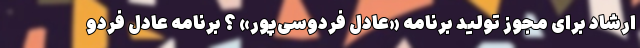
ارشاد برای مجوز تولید برنامه «عادل فردوسی‌پور» ؟ برنامه عادل فردو